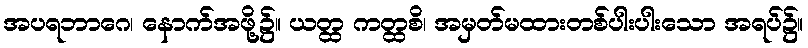
အပရဘာဂေ၊ နောက်အဖို့၌။ ယတ္ထ ကတ္ထစိ၊ အမှတ်မထားတစ်ပါးပါးသော အရပ်၌။